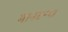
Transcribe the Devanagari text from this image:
मानसन्था